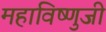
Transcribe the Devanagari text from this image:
महाविष्णुजी